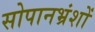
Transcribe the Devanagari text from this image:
सोपानभ्रंशों